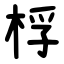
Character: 桴